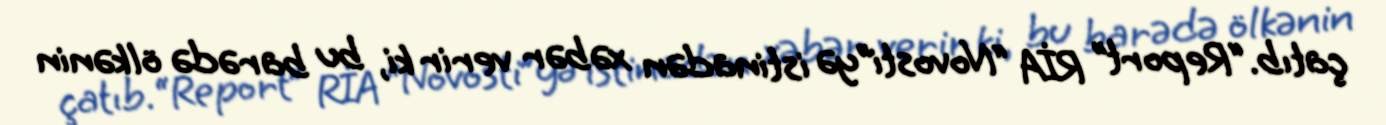
çatıb.“Report” RİA “Novosti”yə istinadən xəbər verir ki, bu barədə ölkənin